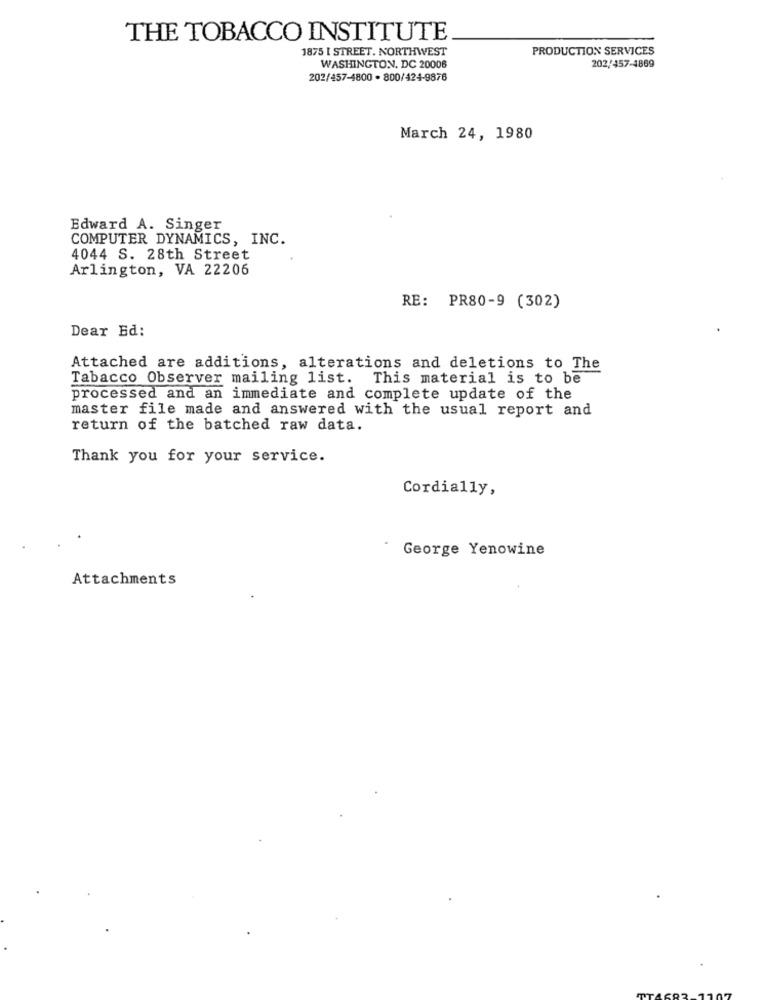
THE TOBACCO INSTITUTE
1875 I STREET. NORTHWEST
PRODUCTION SERVICES
WASHINGTON, DC 20006
202/457-4869
202/457-4800 - 800/424-9876
March 24, 1980
Edward A. Singer
COMPUTER DYNAMICS, INC.
4044 S. 28th Street
Arlington, VA 22206
RE: PR80-9 (302)
Dear Ed:
Attached are additions, alterations and deletions to The
Tabacco Observer mailing list. This material is to be
processed and an immediate and complete update of the
master file made and answered with the usual report and
return of the batched raw data.
Thank you for your service.
Cordially,
George Yenowine
Attachments